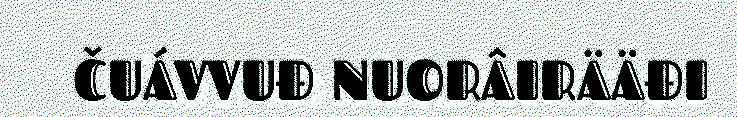
ČUÁVVUĐ NUORÂIRÄÄĐI